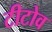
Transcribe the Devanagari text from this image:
टीटोव